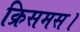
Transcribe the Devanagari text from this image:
क्रिसमस।